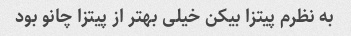
به نظرم پیتزا بیکن خیلی بهتر از پیتزا چانو بود